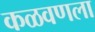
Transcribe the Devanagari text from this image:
कळवणला